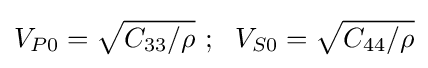
V_{P0}={\sqrt {C_{33}/\rho }}~;~~V_{S0}={\sqrt {C_{44}/\rho }}